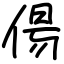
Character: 偒